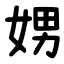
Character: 娚